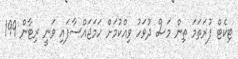
ޓިކެޓް ފުރަތަމަ ތިން މަސް ދުވަހު ވިއްކުމަށް ހަމަޖައްސާފައި ވަނީ ރިޓާން 199